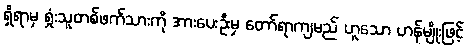
ရှိရာမှ ရှုံးသူတစ်ဖက်သားကို အားပေးဦးမှ တော်ရာကျမည် ဟူသော ဟန်မျိုးဖြင့်